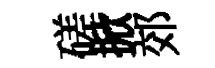
磋掀郊